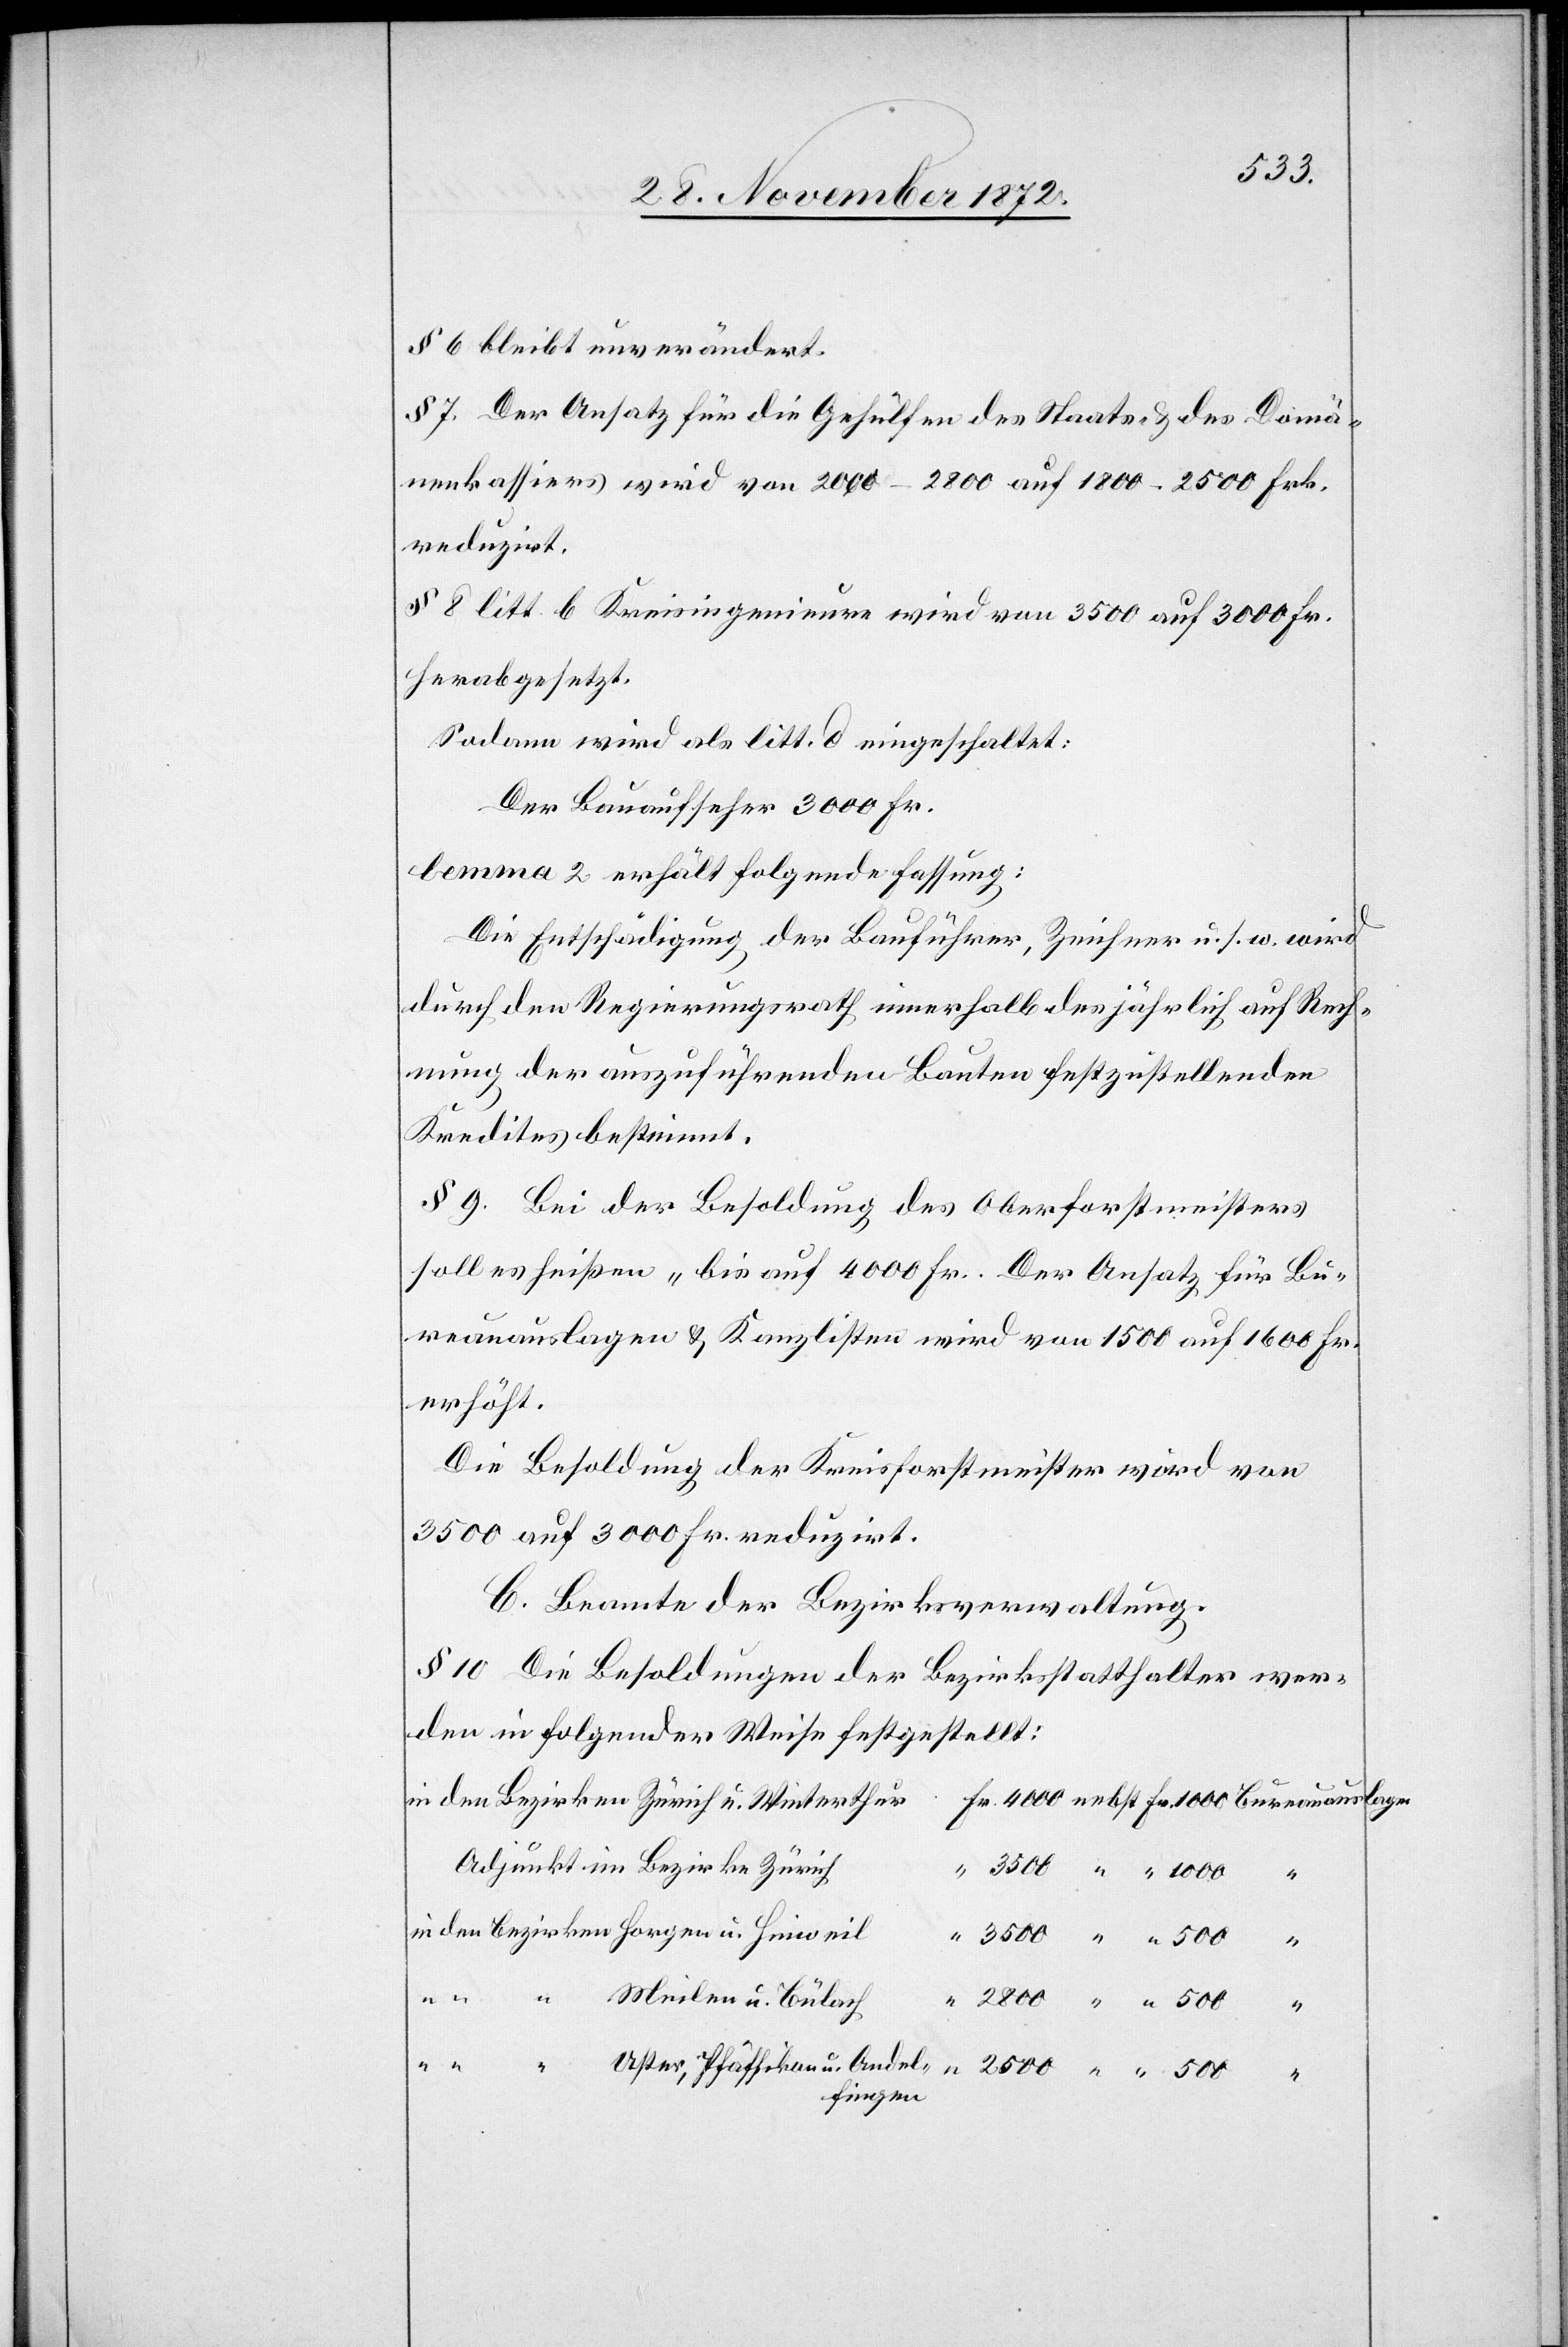
§ 6 bleibt unverändert.
§ 7. Der Ansatz für die Gehülfen des Staats- u. des Domä¬
nenkassiers wird von 2 000–2 800 auf 1 800–2 500 Frk.
reduzirt.
§ 8 litt. b Kreisingenieure wird von 3 500 auf 3000 Fr.
herabgesetzt.
Sodann wird als litt. d eingeschaltet:
lemma 2 erhält folgende Fassung:
Die Entschädigung der Bauführer, Zeichner u. s. w. wird
durch den Regierungsrath innerhalb des jährlich auf Rech¬
nung der auszuführenden Bauten festzustellenden
Kredites bestimmt.
§ 9. Bei der Besoldung des Oberforstmeisters
soll es heißen „bis auf 4 000 Fr. Der Ansatz für Bu¬
reauauslagen u. Kanzlisten wird von 1 500 auf 1 600 Fr.
erhöht.
Die Besoldung der Kreisforstmeister wird von
3 500 auf 3 000 Fr. reduzirt.
C. Beamte der Bezirksverwaltung.
§ 10 Die Besoldungen der Bezirksstatthalter wer¬
den in folgender Weise festgestellt:
Adjunkt im Bezirke Zürich
Meilen u. Bülach
u. Andel¬
1
4
fingen